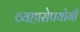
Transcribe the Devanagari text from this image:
व्यहारोपयोगी